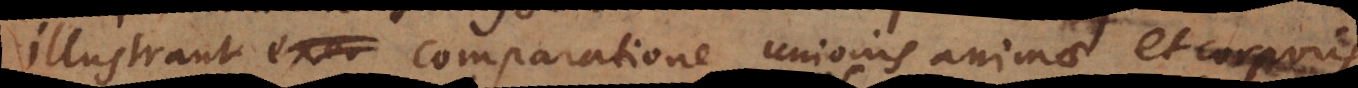
illustrant comparatione unionis animae et corporis,